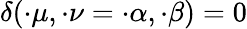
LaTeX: \delta(\cdot\mu,\cdot\nu=\cdot\alpha,\cdot\beta)=0